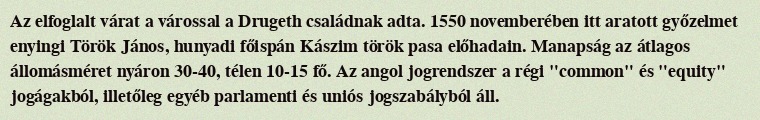
Az elfoglalt várat a várossal a Drugeth családnak adta. 1550 novemberében itt aratott győzelmet enyingi Török János, hunyadi főispán Kászim török pasa előhadain. Manapság az átlagos állomásméret nyáron 30-40, télen 10-15 fő. Az angol jogrendszer a régi "common" és "equity" jogágakból, illetőleg egyéb parlamenti és uniós jogszabályból áll.